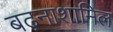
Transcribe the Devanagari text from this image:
बढ़नाशामिल